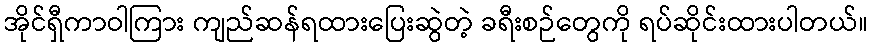
အိုင်ရှီကာဝါကြား ကျည်ဆန်ရထားပြေးဆွဲတဲ့ ခရီးစဉ်တွေကို ရပ်ဆိုင်းထားပါတယ်။